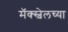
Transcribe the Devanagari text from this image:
मॅक्स्वेलच्या